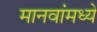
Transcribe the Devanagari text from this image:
मानवांमध्ये